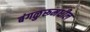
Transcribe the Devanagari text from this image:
बंगळुरूमधील